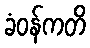
ခံဝန်ကတိ